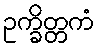
ဥက္ခိတ္တကံ